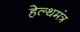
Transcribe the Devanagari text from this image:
हेल्थमंत्र